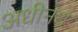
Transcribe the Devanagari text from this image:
अधीनथ